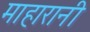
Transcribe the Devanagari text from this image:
माहारानी